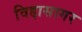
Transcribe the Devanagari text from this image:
विद्दासागर